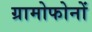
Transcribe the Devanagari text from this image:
ग्रामोफोनों